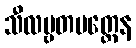
သီလဗ္ဗတမတ္တေန